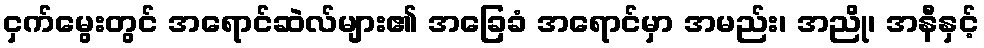
ငှက်မွေးတွင် အရောင်ဆဲလ်များ၏ အခြေခံ အရောင်မှာ အမည်း၊ အညို၊ အနီနှင့်